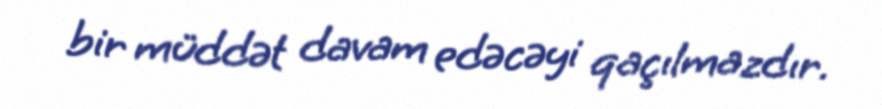
bir müddət davam edəcəyi qaçılmazdır.